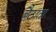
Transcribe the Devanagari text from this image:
बैठाता